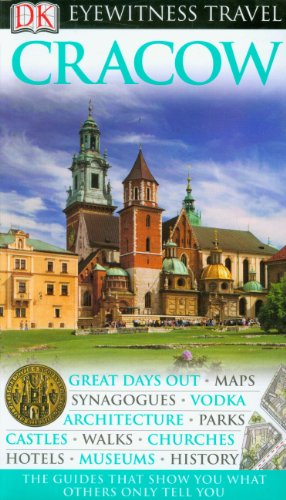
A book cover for DK Eyewitness Travel Guide: Cracow; Collectif; Travel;